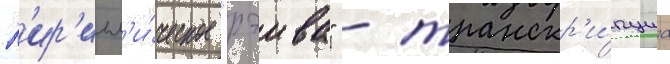
К'ир'илл'и́ческое "рэива" - транскр'и́пциа